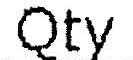
QTY